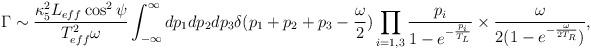
\begin{align*}\Gamma \sim \frac{\kappa_{5}^2 L_{eff} \cos^2 \psi}{T_{eff}^2 \omega} \int^{\infty}_{-\infty} dp_{1} dp_{2} dp_{3} \delta(p_{1} + p_{2} + p_{3} - \frac{\omega}{2}) \prod_{i=1,3} \frac{p_{i}}{1 - e^{-\frac{p_{i}}{T_{L}}} } \times \frac{\omega}{2( 1 - e^{- \frac{\omega}{2 T_{R}}})},\end{align*}